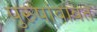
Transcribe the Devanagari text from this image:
पुरुषांबाबत